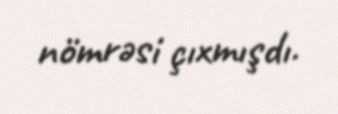
nömrəsi çıxmışdı.